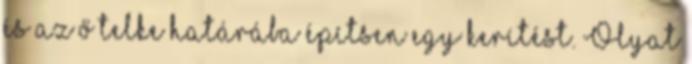
és az ő telke határába építsen egy kerítést. Olyat